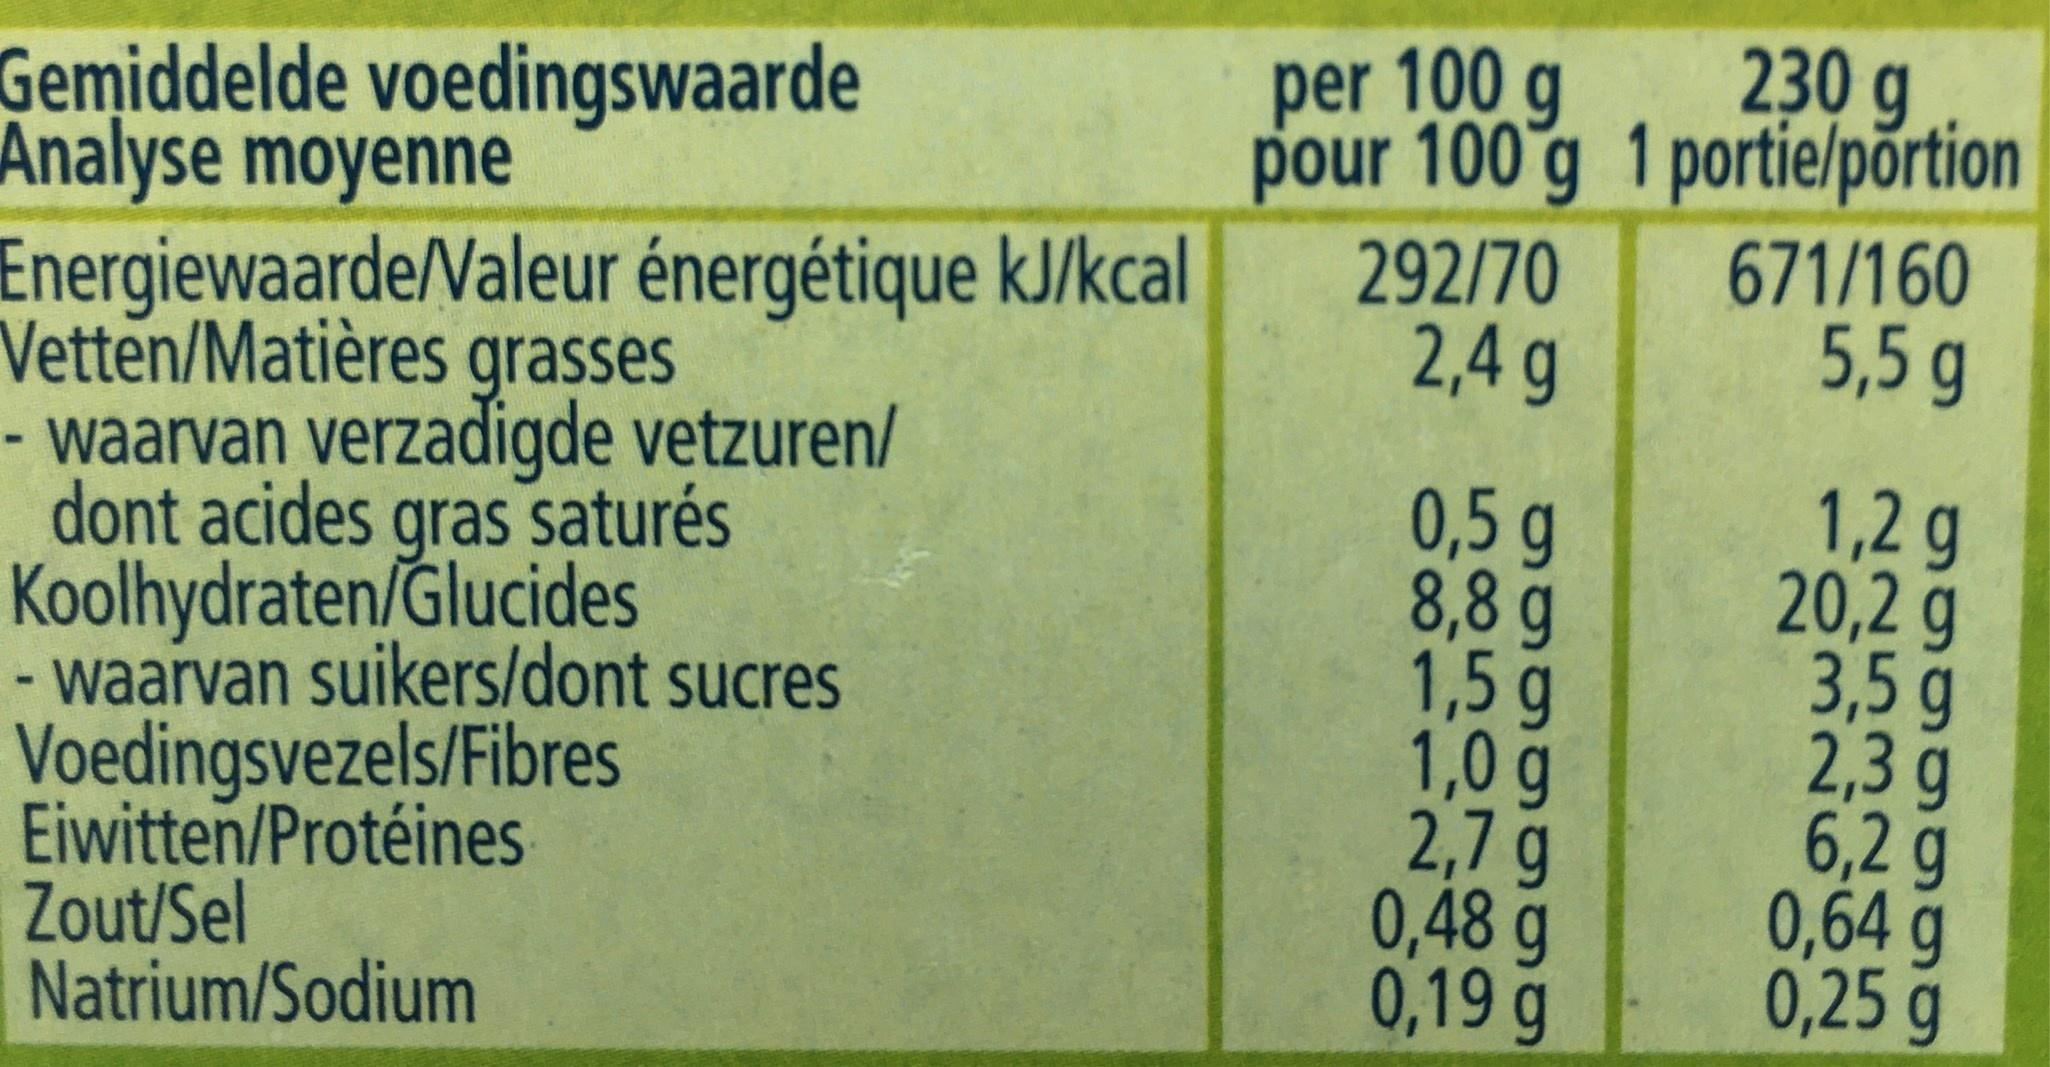
per 100 g pour 100 g
230 g 1 portie/portion
Gemiddelde voedingswaarde Analyse moyenne Energiewaarde/Valeur énergétique kJ/kcal Vetten/Matières grasses - waarvan verzadigde vetzuren/ dont acides gras saturés Koolhydraten/Ğlucides - waarvan suikers/dont sucres Voedingsvezels/Fibres Eiwitten/Protéines Zout/Sel Natrium/Sodium
292/70 2,4 g
671/160 5,5 g
0,5 g 8,8 g 1,5 g 1,0 g 2,7 g 0,48 g 0,19g
1,2 g 20,2 g 3,5 g 2,3g 6,2 g 0,64 g 0,25 g